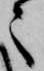
々